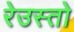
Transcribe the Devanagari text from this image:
रेउस्तो